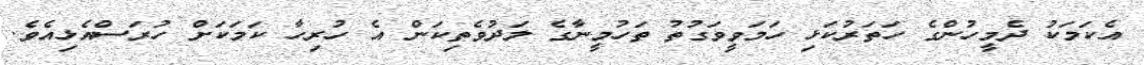
އެކަމަކު ދެމީހުންގެ ހަތަރުކަޅި ހަމަވީވަގުތު ތަހުމީނާގެ ލަދުވެތިކަން އެ ހުރިހާ ކަމަކަށް ހުރަސްއެޅިއެވެ.